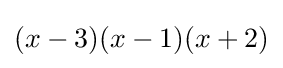
(x-3)(x-1)(x+2)